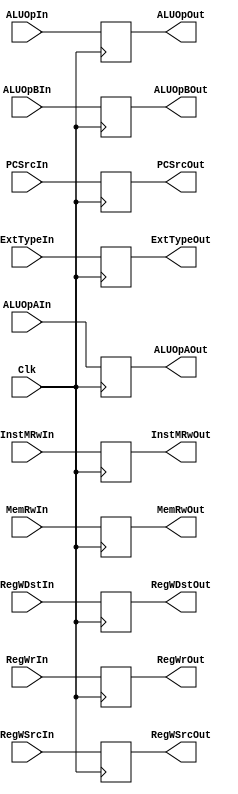
module StageIdEx(input Clk,
                 input InstMRwIn,
                 input ALUOpAIn,
                 input ALUOpBIn,
                 input ExtTypeIn,
                 input [2:0] ALUOpIn,
                 input MemRwIn,
                 input RegWrIn,
                 input RegWDstIn,
                 input RegWSrcIn,
                 input [1:0] PCSrcIn,
                 output reg InstMRwOut,
                 output reg ALUOpAOut,
                 output reg ALUOpBOut,
                 output reg ExtTypeOut,
                 output reg [2:0] ALUOpOut,
                 output reg MemRwOut,
                 output reg RegWrOut,
                 output reg RegWDstOut,
                 output reg RegWSrcOut,
                 output reg [1:0] PCSrcOut,
                 );
    
    always @(negedge Clk) begin
        InstMRwOut <= InstMRwIn;
        ALUOpAOut  <= ALUOpAIn;
        ALUOpBOut  <= ALUOpBIn;
        ExtTypeOut <= ExtTypeIn;
        ALUOpOut   <= ALUOpIn;
        MemRwOut   <= MemRwIn;
        RegWrOut   <= RegWrIn;
        RegWDstOut <= RegWDstIn;
        RegWSrcOut <= RegWSrcIn;
        PCSrcOut   <= PCSrcIn;
    end
    
endmodule